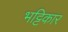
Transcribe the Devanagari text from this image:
भट्टिकार